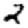
Digit: 2